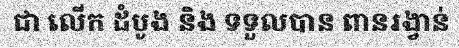
ជា លើក ដំបូង និង ទទួលបាន ពានរង្វាន់